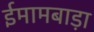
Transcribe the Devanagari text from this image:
ईमामबाड़ा